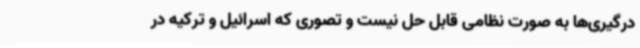
درگیری‌ها به صورت نظامی قابل حل نیست و تصوری که اسرائیل و ترکیه در